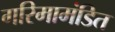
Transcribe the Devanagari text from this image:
गरिमामंडित